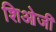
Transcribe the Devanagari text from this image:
शिओजी